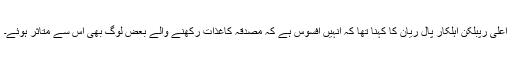
اعلیٰ رپبلکن اہلکار پال ریان کا کہنا تھا کہ انہیں افسوس ہے کہ مصدقہ کاغذات رکھنے والے بعض لوگ بھی اس سے متاثر ہوئے۔